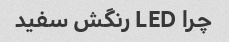
چرا LED رنگش سفید